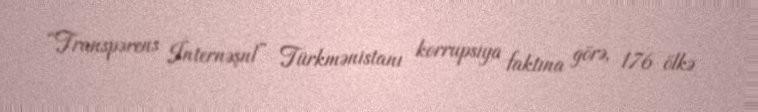
“Transpərens İnternəşnl” Türkmənistanı korrupsiya faktına görə, 176 ölkə